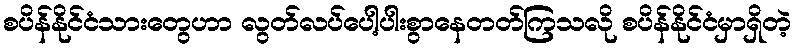
စပိန်နိုင်ငံသားတွေဟာ လွတ်လပ်ပေါ့ပါးစွာနေတတ်ကြသလို စပိန်နိုင်ငံမှာရှိတဲ့